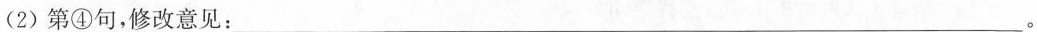
(2)第④句，修改意见：___。